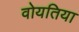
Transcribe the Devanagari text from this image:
वोयतिया